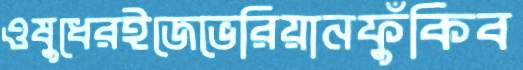
ওষুধেরইজেভেরিয়ানফুঁকিব